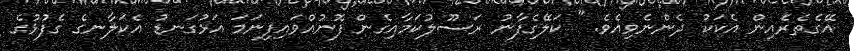
އޭގެތެރެއިން އެކަކު ދެންނެވިއެވެ. " ކަލޭގެފާނު ރަސޫލުކަމާއިގެން ފޮނުއްވައިފިނަމަ އަޅުގަނޑު އެކަލާނގެ ގެފުޅުގެ